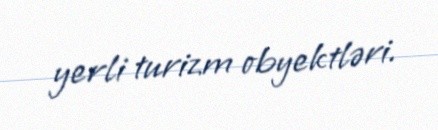
yerli turizm obyektləri.